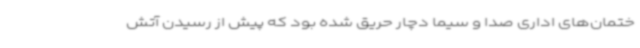
ختمان‌های اداری صدا و سیما دچار حریق شده بود که پیش از رسیدن آتش